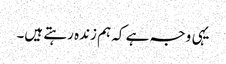
یہی وجہ ہے کہ ہم زندہ رہتے ہیں۔